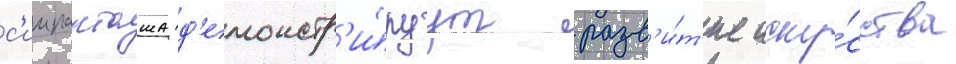
с'иипанташа д'емонстр'и́руут разв'и́т'ие иску́сства